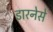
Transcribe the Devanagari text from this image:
डारनेसे